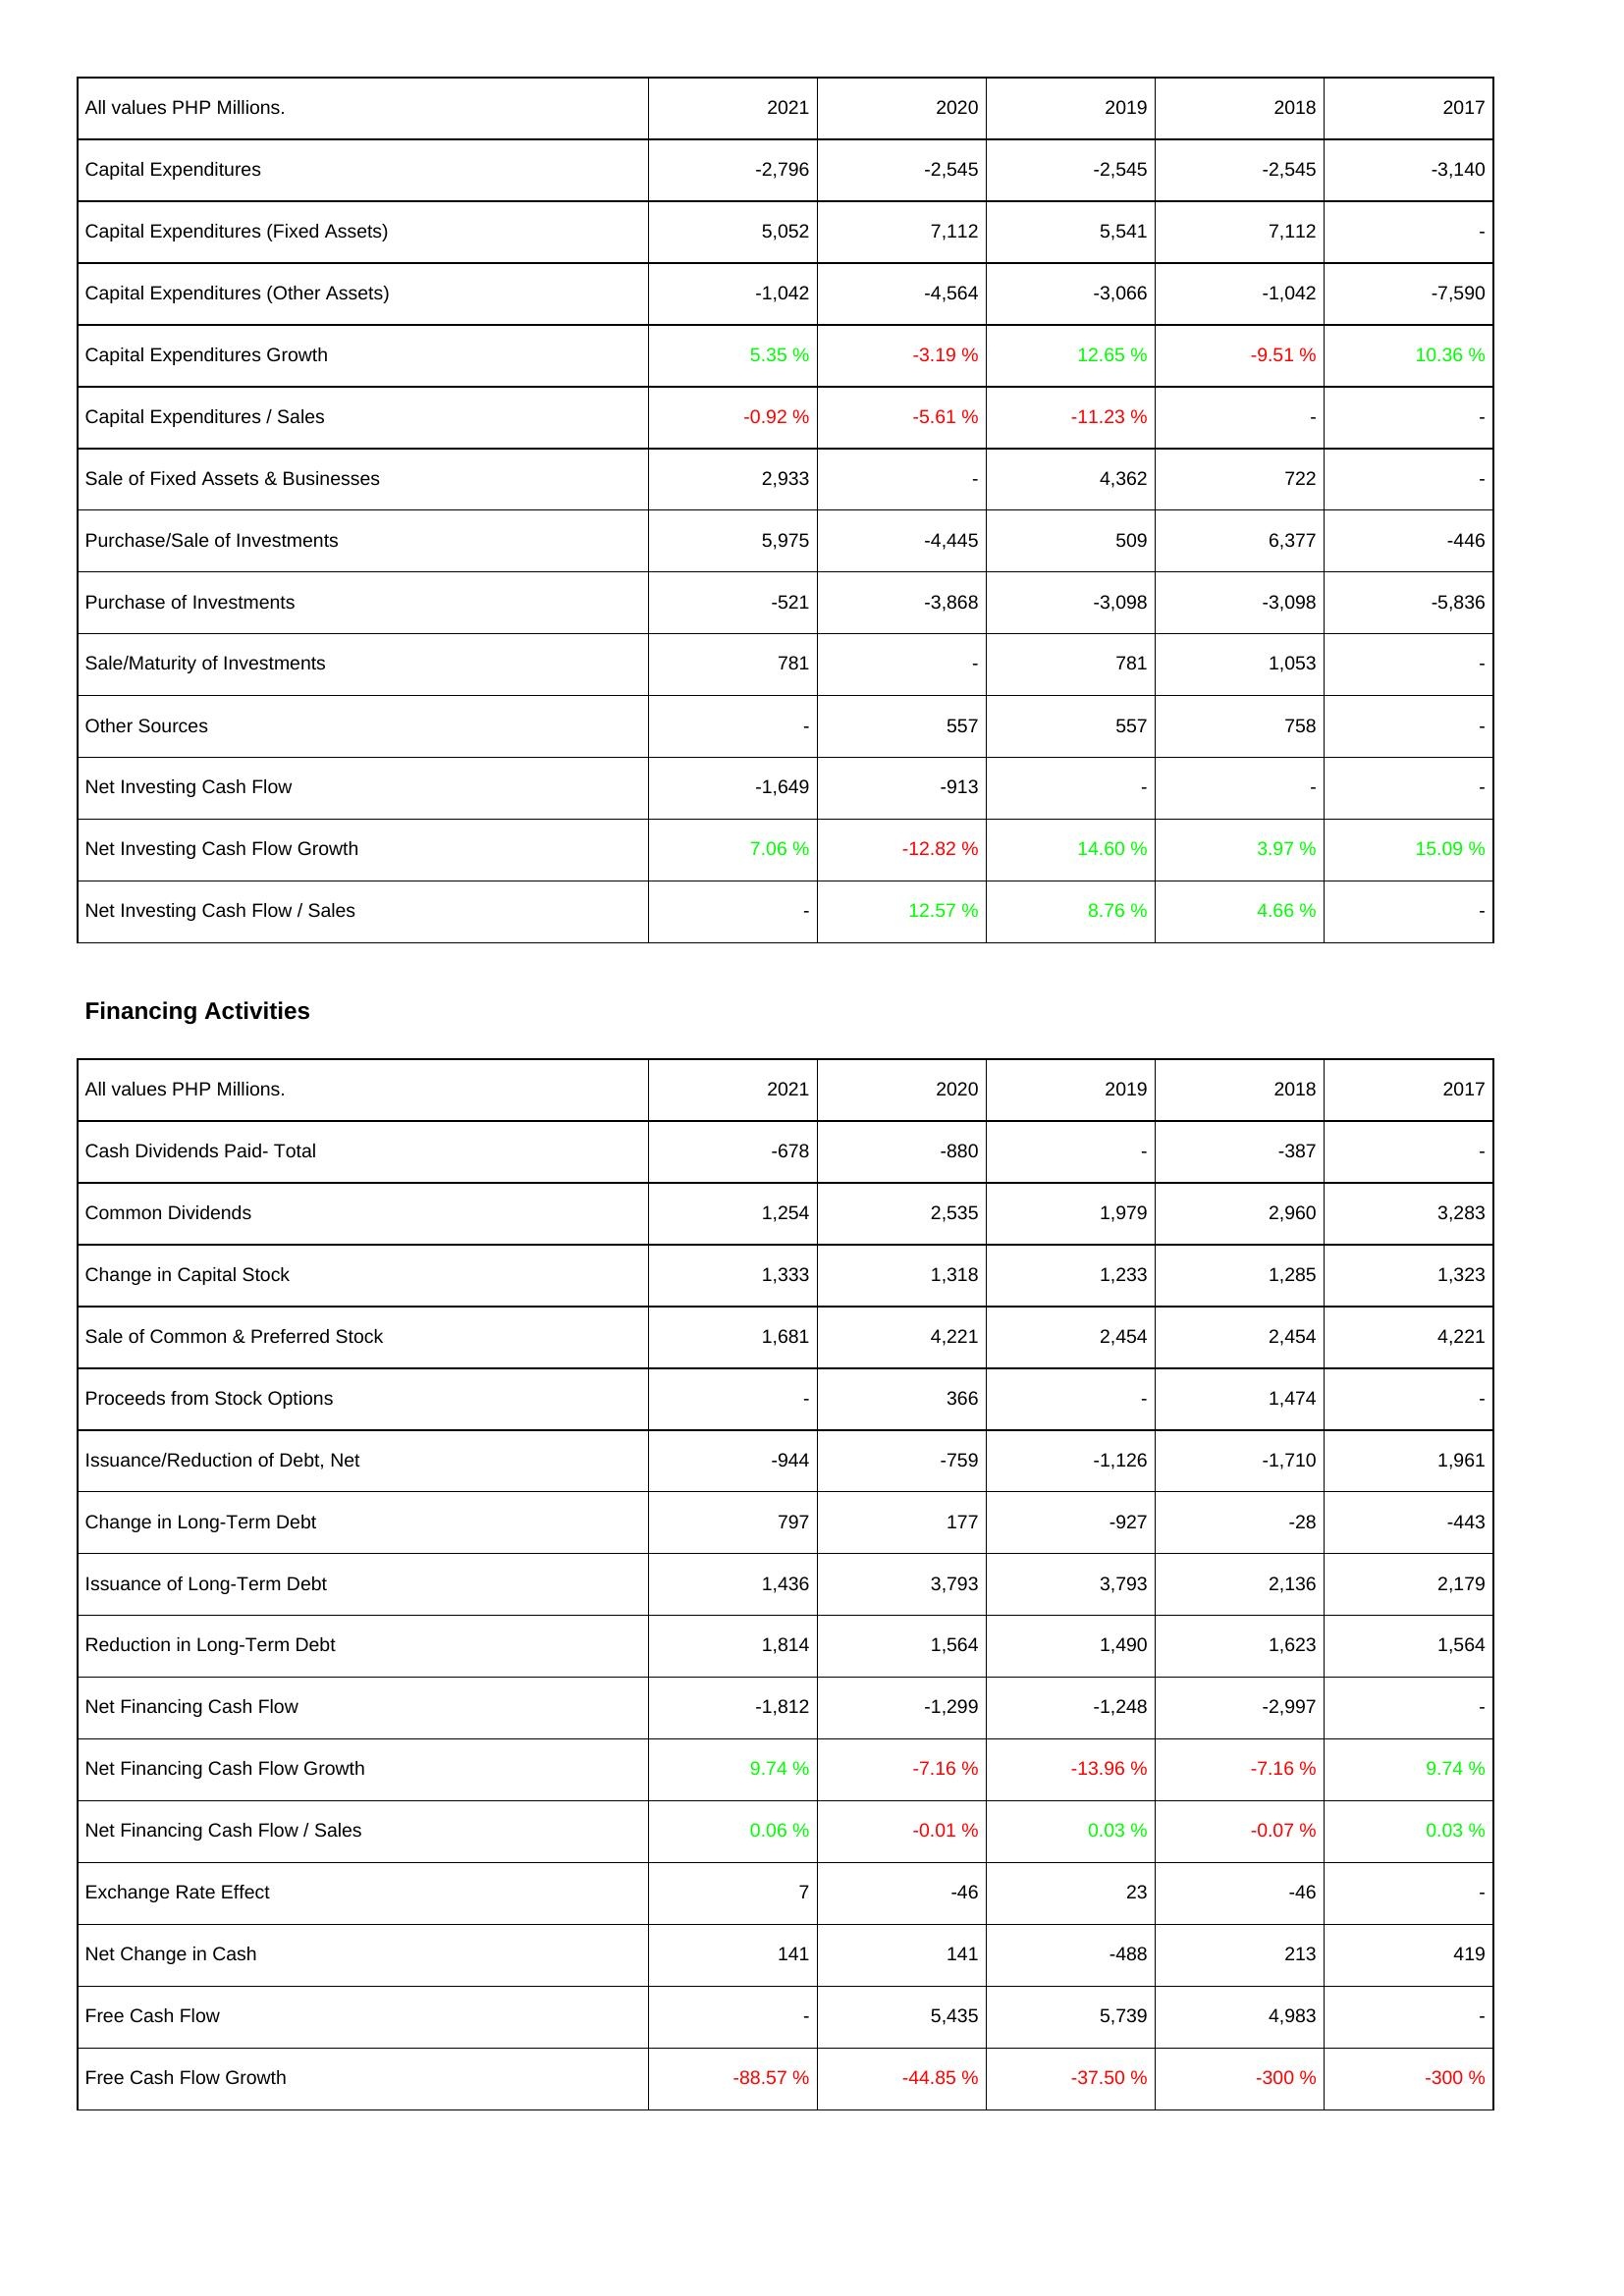
2021: Investing Activities: Capital Expenditures: -2,796
Capital Expenditures (Fixed Assets): 5,052
Capital Expenditures (Other Assets): -1,042
Capital Expenditures Growth: 5.35 %
Capital Expenditures / Sales: -0.92 %
Sale of Fixed Assets & Businesses: 2,933
Purchase/Sale of Investments: 5,975
Purchase of Investments: -521
Sale/Maturity of Investments: 781
Other Sources: -
Net Investing Cash Flow: -1,649
Net Investing Cash Flow Growth: 7.06 %
Net Investing Cash Flow / Sales: -
Financing Activities: Cash Dividends Paid- Total: -678
Common Dividends: 1,254
Change in Capital Stock: 1,333
Sale of Common & Preferred Stock: 1,681
Proceeds from Stock Options: -
Issuance/Reduction of Debt, Net: -944
Change in Long-Term Debt: 797
Issuance of Long-Term Debt: 1,436
Reduction in Long-Term Debt: 1,814
Net Financing Cash Flow: -1,812
Net Financing Cash Flow Growth: 9.74 %
Net Financing Cash Flow / Sales: 0.06 %
Exchange Rate Effect: 7
Net Change in Cash: 141
Free Cash Flow: -
Free Cash Flow Growth: -88.57 %
2020: Investing Activities: Capital Expenditures: -2,545
Capital Expenditures (Fixed Assets): 7,112
Capital Expenditures (Other Assets): -4,564
Capital Expenditures Growth: -3.19 %
Capital Expenditures / Sales: -5.61 %
Sale of Fixed Assets & Businesses: -
Purchase/Sale of Investments: -4,445
Purchase of Investments: -3,868
Sale/Maturity of Investments: -
Other Sources: 557
Net Investing Cash Flow: -913
Net Investing Cash Flow Growth: -12.82 %
Net Investing Cash Flow / Sales: 12.57 %
Financing Activities: Cash Dividends Paid- Total: -880
Common Dividends: 2,535
Change in Capital Stock: 1,318
Sale of Common & Preferred Stock: 4,221
Proceeds from Stock Options: 366
Issuance/Reduction of Debt, Net: -759
Change in Long-Term Debt: 177
Issuance of Long-Term Debt: 3,793
Reduction in Long-Term Debt: 1,564
Net Financing Cash Flow: -1,299
Net Financing Cash Flow Growth: -7.16 %
Net Financing Cash Flow / Sales: -0.01 %
Exchange Rate Effect: -46
Net Change in Cash: 141
Free Cash Flow: 5,435
Free Cash Flow Growth: -44.85 %
2019: Investing Activities: Capital Expenditures: -2,545
Capital Expenditures (Fixed Assets): 5,541
Capital Expenditures (Other Assets): -3,066
Capital Expenditures Growth: 12.65 %
Capital Expenditures / Sales: -11.23 %
Sale of Fixed Assets & Businesses: 4,362
Purchase/Sale of Investments: 509
Purchase of Investments: -3,098
Sale/Maturity of Investments: 781
Other Sources: 557
Net Investing Cash Flow: -
Net Investing Cash Flow Growth: 14.60 %
Net Investing Cash Flow / Sales: 8.76 %
Financing Activities: Cash Dividends Paid- Total: -
Common Dividends: 1,979
Change in Capital Stock: 1,233
Sale of Common & Preferred Stock: 2,454
Proceeds from Stock Options: -
Issuance/Reduction of Debt, Net: -1,126
Change in Long-Term Debt: -927
Issuance of Long-Term Debt: 3,793
Reduction in Long-Term Debt: 1,490
Net Financing Cash Flow: -1,248
Net Financing Cash Flow Growth: -13.96 %
Net Financing Cash Flow / Sales: 0.03 %
Exchange Rate Effect: 23
Net Change in Cash: -488
Free Cash Flow: 5,739
Free Cash Flow Growth: -37.50 %
2018: Investing Activities: Capital Expenditures: -2,545
Capital Expenditures (Fixed Assets): 7,112
Capital Expenditures (Other Assets): -1,042
Capital Expenditures Growth: -9.51 %
Capital Expenditures / Sales: -
Sale of Fixed Assets & Businesses: 722
Purchase/Sale of Investments: 6,377
Purchase of Investments: -3,098
Sale/Maturity of Investments: 1,053
Other Sources: 758
Net Investing Cash Flow: -
Net Investing Cash Flow Growth: 3.97 %
Net Investing Cash Flow / Sales: 4.66 %
Financing Activities: Cash Dividends Paid- Total: -387
Common Dividends: 2,960
Change in Capital Stock: 1,285
Sale of Common & Preferred Stock: 2,454
Proceeds from Stock Options: 1,474
Issuance/Reduction of Debt, Net: -1,710
Change in Long-Term Debt: -28
Issuance of Long-Term Debt: 2,136
Reduction in Long-Term Debt: 1,623
Net Financing Cash Flow: -2,997
Net Financing Cash Flow Growth: -7.16 %
Net Financing Cash Flow / Sales: -0.07 %
Exchange Rate Effect: -46
Net Change in Cash: 213
Free Cash Flow: 4,983
Free Cash Flow Growth: -300 %
2017: Investing Activities: Capital Expenditures: -3,140
Capital Expenditures (Fixed Assets): -
Capital Expenditures (Other Assets): -7,590
Capital Expenditures Growth: 10.36 %
Capital Expenditures / Sales: -
Sale of Fixed Assets & Businesses: -
Purchase/Sale of Investments: -446
Purchase of Investments: -5,836
Sale/Maturity of Investments: -
Other Sources: -
Net Investing Cash Flow: -
Net Investing Cash Flow Growth: 15.09 %
Net Investing Cash Flow / Sales: -
Financing Activities: Cash Dividends Paid- Total: -
Common Dividends: 3,283
Change in Capital Stock: 1,323
Sale of Common & Preferred Stock: 4,221
Proceeds from Stock Options: -
Issuance/Reduction of Debt, Net: 1,961
Change in Long-Term Debt: -443
Issuance of Long-Term Debt: 2,179
Reduction in Long-Term Debt: 1,564
Net Financing Cash Flow: -
Net Financing Cash Flow Growth: 9.74 %
Net Financing Cash Flow / Sales: 0.03 %
Exchange Rate Effect: -
Net Change in Cash: 419
Free Cash Flow: -
Free Cash Flow Growth: -300 %